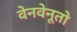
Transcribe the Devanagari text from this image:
वेनवेनूतो